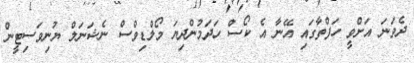
ދެވަނަ އަށްވީ ހަފްތާގައި އޭނާ އެ ކޯސް ހަދަމުންދިޔަ މޯލްޑިވްސް ނެޝަނަލް ޔުނިވަސިޓީން